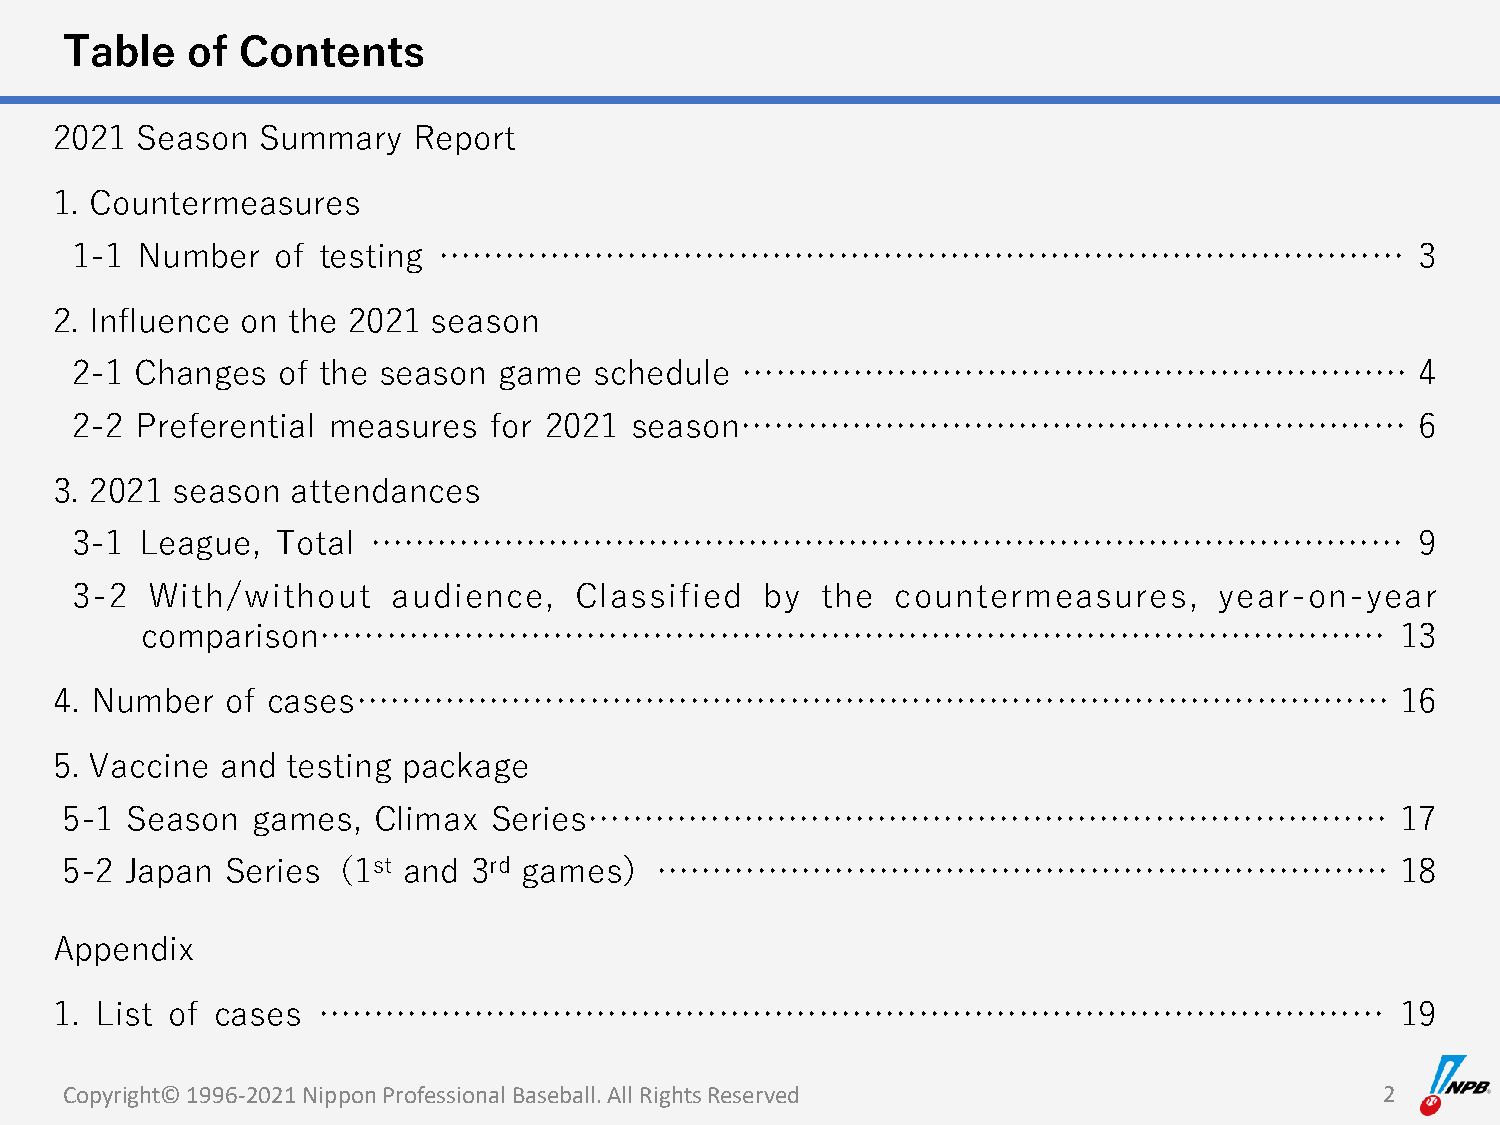
Table   of  Contents
 2021  Season  Summary   Report
 1. Countermeasures
 1-1 Number   of testing ……………………………………………………………………………                                    3
 2. Influence on the 2021  season
 2-1 Changes  of the season  game  schedule  ……………………………………………………                         4
 2-2 Preferential measures  for 2021  season……………………………………………………                          6
 3. 2021 season  attendances
 3-1 League,  Total …………………………………………………………………………………                                       9
 3-2  With/without    audience,   Classified   by the  countermeasures,      year-on-year
 comparison……………………………………………………………………………………                                          13
 4. Number   of cases…………………………………………………………………………………                                       16
 5. Vaccine  and testing package
 5-1 Season   games,  Climax  Series………………………………………………………………                              17
 5-2 Japan  Series（1st  and 3rd games）…………………………………………………………                              18
 Appendix
 1. List of cases  ……………………………………………………………………………………                                        19
 Copyright© 1996-2021 Nippon Professional Baseball. All Rights Reserved                  2